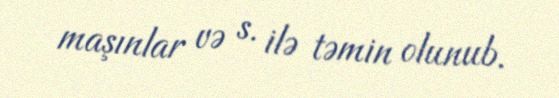
maşınlar və s. ilə təmin olunub.